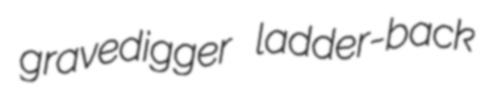
gravedigger ladder-back